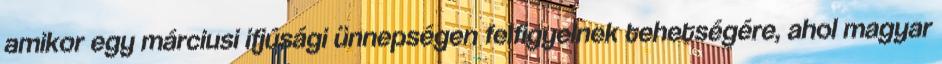
amikor egy márciusi ifjúsági ünnepségen felfigyelnek tehetségére, ahol magyar